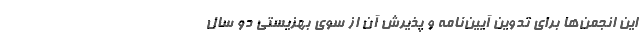
این انجمن‌ها برای تدوین آیین‌نامه و پذیرش آن از سوی بهزیستی دو سال